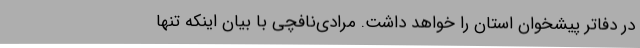
در دفاتر پیشخوان استان را خواهد داشت. مرادی‌نافچی با بیان اینکه تنها